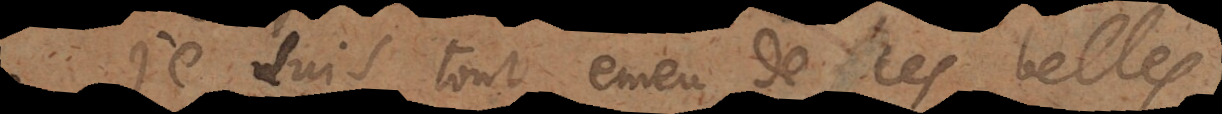
Je suis tout emeu de ces belles